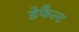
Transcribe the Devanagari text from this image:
डेफैल्ट